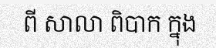
ពី សាលា ពិបាក ក្នុង